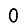
Digit: 0